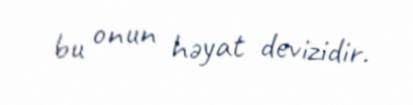
bu onun həyat devizidir.